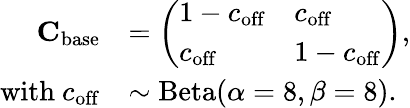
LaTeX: \begin{array}{rl}{\mathbf{C}_{\mathrm{base}}}&{=\left(\begin{array}{ll}{1-c_{\mathrm{off}}}&{c_{\mathrm{off}}}\\ {c_{\mathrm{off}}}&{1-c_{\mathrm{off}}}\end{array}\right),}\\ {\mathrm{with~}c_{\mathrm{off}}}&{\sim\mathrm{Beta}(\alpha=8,\beta=8).}\end{array}